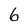
Character: 6